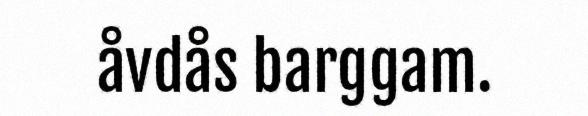
åvdås barggam.